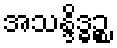
အသန္ဒိဒ္ဓဉ္စ